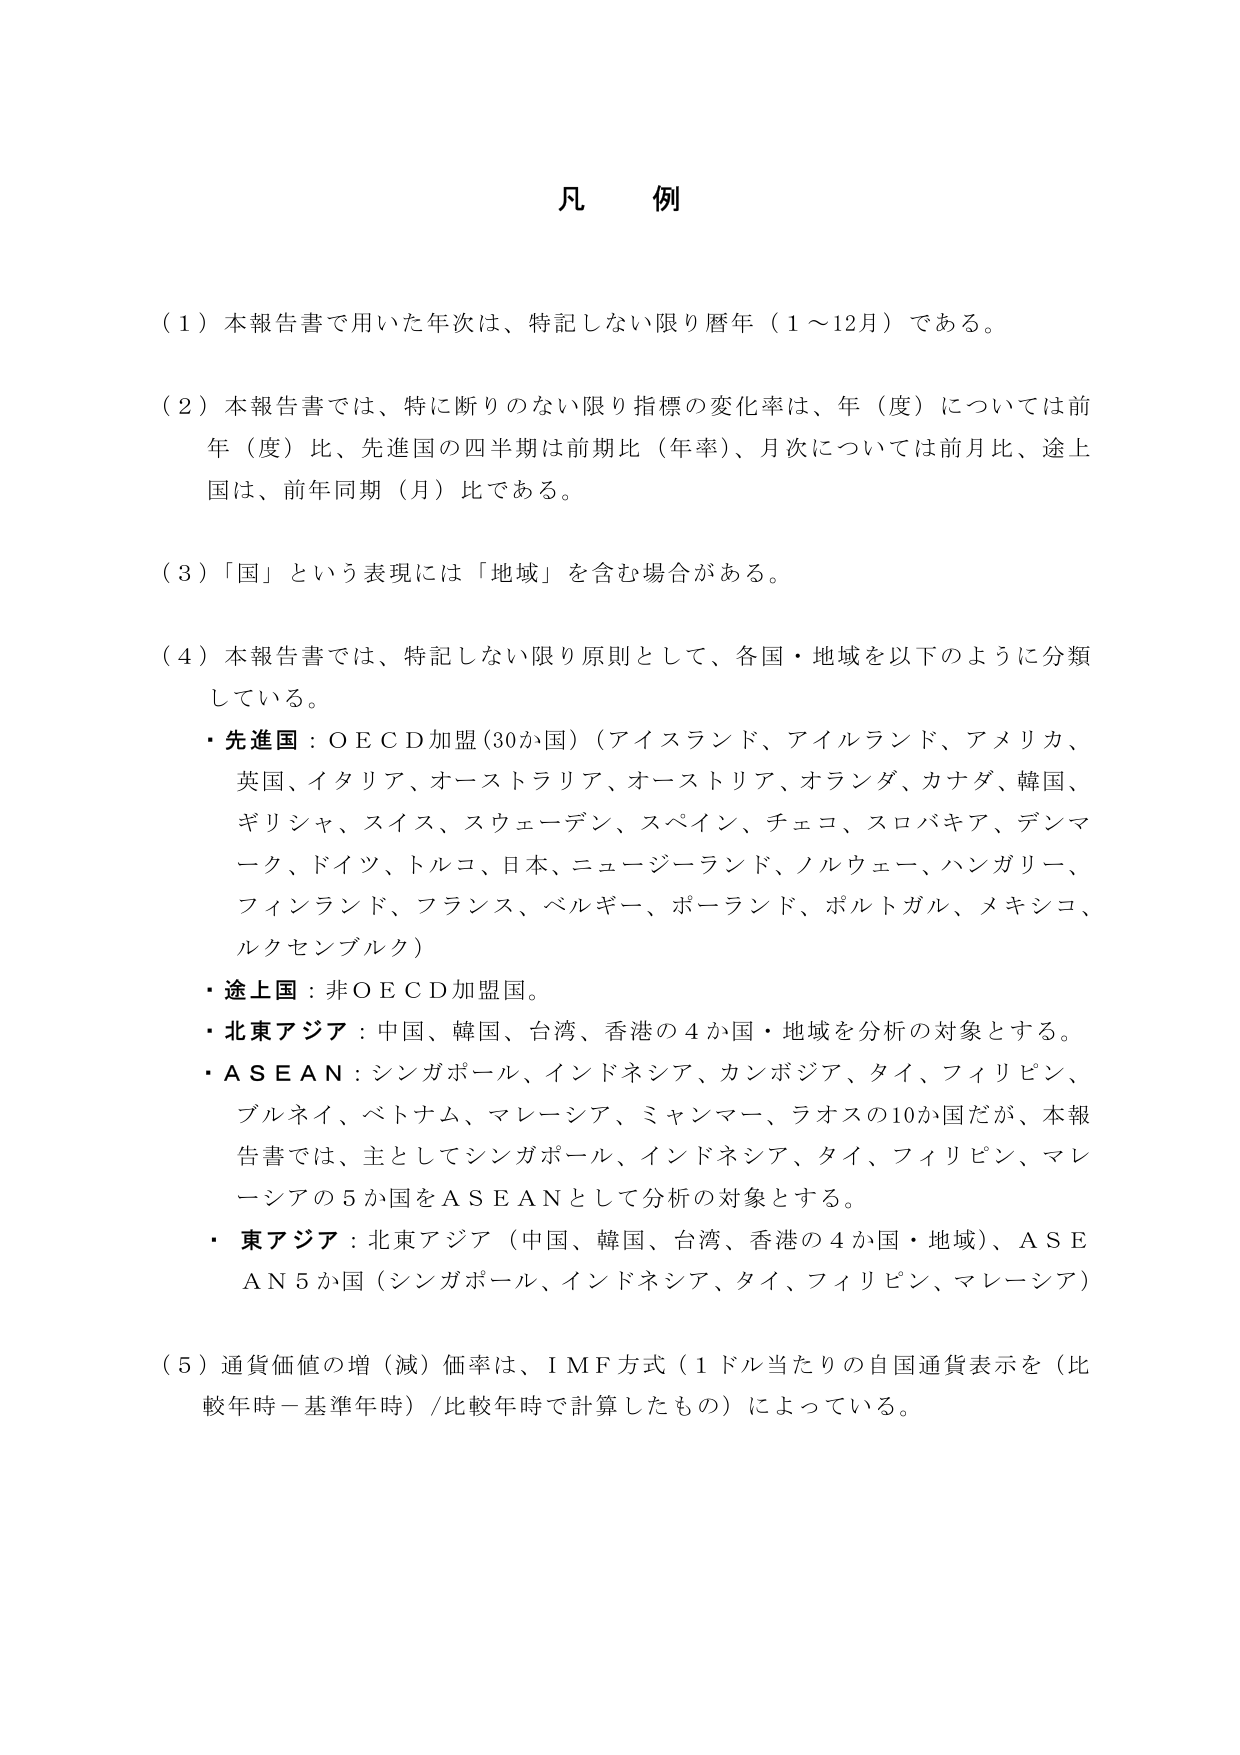
凡例

（１）本報告書で用いた年次は、特記しない限り暦年（１～12月）である。

（２）本報告書では、特に断りのない限り指標の変化率は、年（度）については前年（度）比、先進国の四半期は前期比（年率）、月次については前月比、途上国は、前年同期（月）比である。

（３）「国」という表現には「地域」を含む場合がある。

（４）本報告書では、特記しない限り原則として、各国・地域を以下のように分類している。
・先進国：ＯＥＣＤ加盟（30か国）（アイスランド、アイルランド、アメリカ、英国、イタリア、オーストラリア、オーストリア、オランダ、カナダ、韓国、ギリシャ、スイス、スウェーデン、スペイン、チェコ、スロバキア、デンマーク、ドイツ、トルコ、日本、ニュージーランド、ノルウェー、ハンガリー、フィンランド、フランス、ベルギー、ポーランド、ポルトガル、メキシコ、ルクセンブルク）
・途上国：非ＯＥＣＤ加盟国。
・北東アジア：中国、韓国、台湾、香港の４か国・地域を分析の対象とする。
・ＡＳＥＡＮ：シンガポール、インドネシア、カンボジア、タイ、フィリピン、ブルネイ、ベトナム、マレーシア、ミャンマー、ラオスの10か国だが、本報告書では、主としてシンガポール、インドネシア、タイ、フィリピン、マレーシアの５か国をＡＳＥＡＮとして分析の対象とする。
・東アジア：北東アジア（中国、韓国、台湾、香港の４か国・地域）、ＡＳＥＡＮ５か国（シンガポール、インドネシア、タイ、フィリピン、マレーシア）

（５）通貨価値の増（減）価率は、ＩＭＦ方式（１ドル当たりの自国通貨表示を（比較年時－基準年時）／比較年時で計算したもの）によっている。